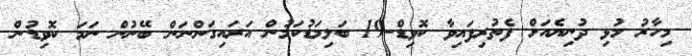
މިހާރު މުޅި ދުނިޔެއަށް ފެތުރިފައިވާ ކޮވިޑް-19 ބަލިމަޑުކަމުން އަރައިގަންނަން ބޭނުން ނަމަ ކޮވިޑުން